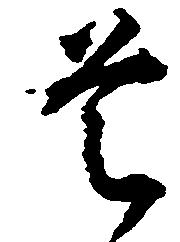
是